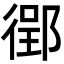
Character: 𫹟